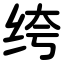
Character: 绔